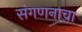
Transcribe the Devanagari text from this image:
संगणनाचा